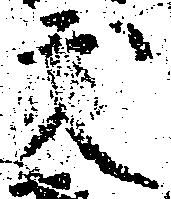
友